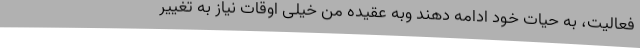
فعالیت، به حیات خود ادامه دهند وبه عقیده من خیلی اوقات نیاز به تغییر